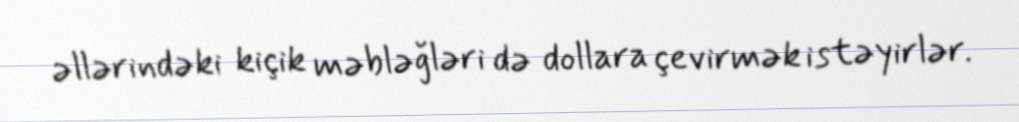
əllərindəki kiçik məbləğləri də dollara çevirmək istəyirlər.